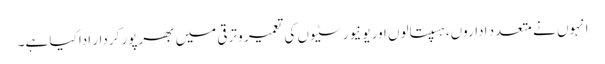
انہوں نے متعدد اداروں، ہسپتالوں اور یونیورسٹیوں کی تعمیر و ترقی میں بھرپور کردار ادا کیا ہے۔